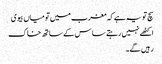
سچ تو یہ ہے کہ مغرب میں تو میاں بیوی
اکٹھے نہیں رہتے ساس کے ساتھ خاک
رہیں گے۔